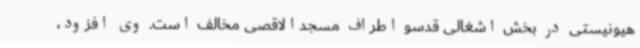
هیونیستی در بخش اشغالی قدسو اطراف مسجدالاقصی مخالف است. وی افزود،